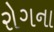
રોગના